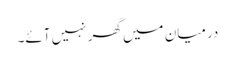
درمیان میں گھر نہیں آئے۔